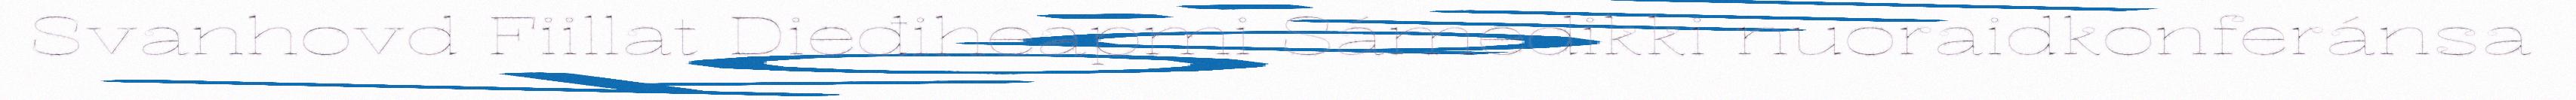
Svanhovd Fiillat Dieđiheapmi Sámedikki nuoraidkonferánsa